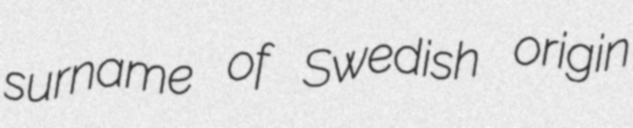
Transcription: surname of Swedish origin